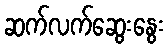
ဆက်လက်ဆွေးနွေး